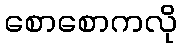
စောစောကလို